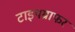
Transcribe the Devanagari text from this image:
टाइपग्राफर